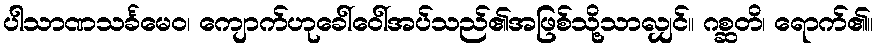
ပါသာဏသင်္ခမေဝ၊ ကျောက်ဟုခေါ်ဝေါ်အပ်သည်၏အဖြစ်သို့သာလျှင်။ ဂစ္ဆတိ၊ ရောက်၏။